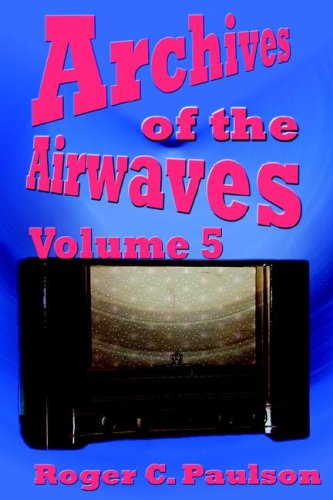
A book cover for Archives of the Airwaves Vol. 5; Roger C. Paulson; Humor & Entertainment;